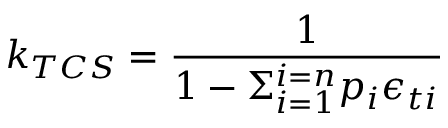
k _ { T C S } = \frac { 1 } { 1 - \Sigma _ { i = 1 } ^ { i = n } p _ { i } \epsilon _ { t i } }